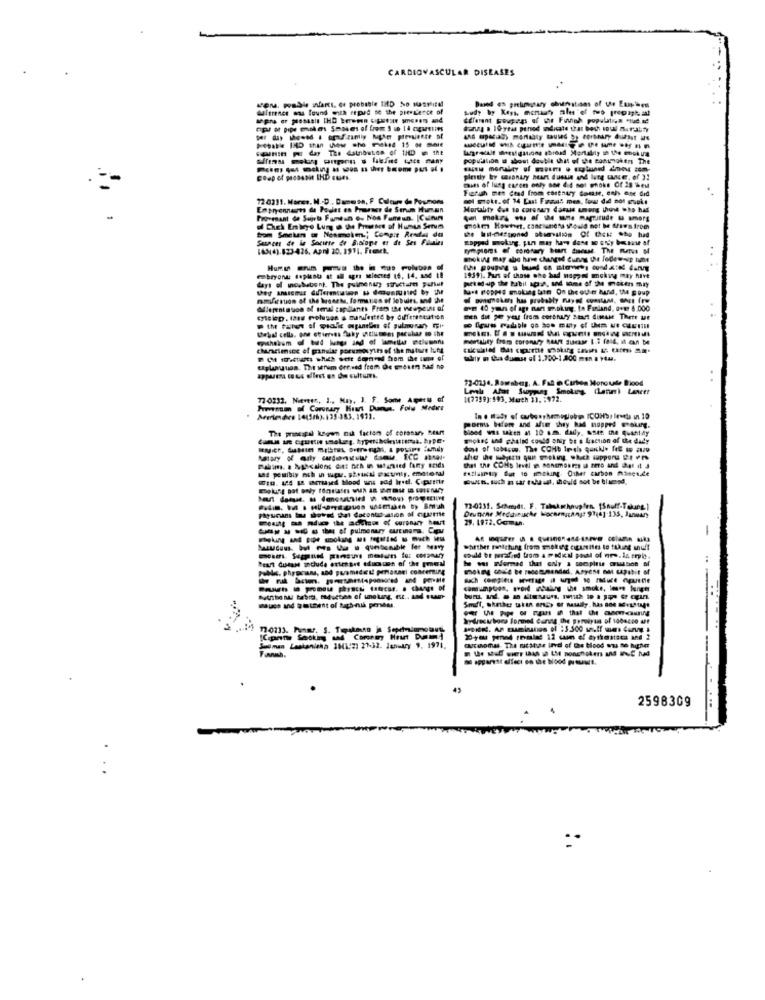
CARDIOVASCULAR DISEASES
Auftrenes was found with repad se the presence of
Based es prehoupary chunstons of us Eupihen
population is about double that of the comingkers The
Coap of prosent IHD que
mains of lung carens only one did not whoks Of 28 heut
Fizfish men Ceed from corenury Gasse, only one did
720211. Mores. M .- D ., Damesa, F Culture de Poumons
sol mote. of 14 Last Frais men, tous did not esute
Embryonnaire de Poulet en Prounaer de Serum Human
Mortality due to coronary dasuis unog those who had
Provenant de Sujets Fundun ou Nos Fumun. |Canın
of Chek Embryo Lung @ the Prunes of Hunsa Serun
bom Smaken or Nosmoim .; Compit Rendas da
Sances de la Socirre de Bisione es de Ses Filiales
(45(4).823-426. APR 20. 1971. Frenet.
woking may abo have changed unns the lodow-up tone
ebryonu deplant at all agri selected 16. 14, A54 18
days of inoshustent. The pulmonary structures puflut
1959). Pars of those who had noppes mokve may hurt
Ma-s Poppe moking tate On the outer hand, the goup
mmVitsuon of the broset, formation of lobuirs. and the
om 40 years of age nan smoking. fo Finland, over 6.000
men die ge year from coronary start dimuse Thete ut
Debal cells. on strinves Aky antiumsms parabas so the
mortality fram coronary MAART disease 1.3 (814, it can be
charactesce of panulas porumowyits of the mature tune
tahir n thia dumse of 1.750-1.200 man a Ytu.
Etplanuon. The senim Gre;ved from De mesem nad no
appuera tous d'iest en de culturi.
72-0234. Rowaberg. A. Fal in Carboa Morcute Blood
Leal Afat Suoprang Smoking (latim) Lanett
71 0232. Nieveen, I ., Muy. 1. F. Some Aqetu ef
1(7799):593. March 31. : 972.
Porvesson of Coronary Krat Dumus, Folw Medwe
Arerimars 14(5/6). 135-383. 1913.
poru before and after shey had mopped wesurg.
The proespal kagen nik factor of coronary, BEMAT
woket and phalad could onir be a fraction of the dudy
malin. . Ngocalons Get Och in started fany seids
eatlusty But to imcking. Other carbon Atecudle
Such, such a sar tollen, should sot be blamed.
72-0131. Schmidt. F. Tabak whoupfen. [Snuff-Taking. ]
29. 1972. Ccman.
- ------- -
whether rentching from mot org citastites to tuking snuff
he was Formed that only a socplus @rusos af
Poble, phyprins, and puramedett peronaci concerning
.. .
Smiff, whether takin ares of hastily . has and IvaStage
------ --- ---
Sydrecuchocs formed Canne the porolytes of 1004200 af
me Lastanitha 1841:2) 27-32. January 1, 1971.
2598309